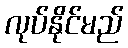
လုပ်နိုင်မည်